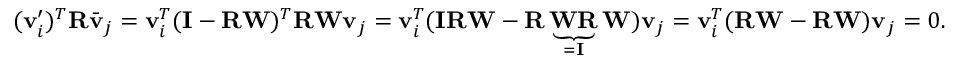
( \mathbf { v } _ { i } ^ { \prime } ) ^ { T } \mathbf { R } \bar { \mathbf { v } } _ { j } = \mathbf { v } _ { i } ^ { T } ( \mathbf { I } - \mathbf { R } \mathbf { W } ) ^ { T } \mathbf { R } \mathbf { W } \mathbf { v } _ { j } = \mathbf { v } _ { i } ^ { T } ( \mathbf { I } \mathbf { R } \mathbf { W } - \mathbf { R } \underbrace { \mathbf { W } \mathbf { R } } _ { = \mathbf { I } } \mathbf { W } ) \mathbf { v } _ { j } = \mathbf { v } _ { i } ^ { T } ( \mathbf { R } \mathbf { W } - \mathbf { R } \mathbf { W } ) \mathbf { v } _ { j } = 0 .